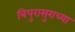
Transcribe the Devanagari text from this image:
त्रिपुरासुराच्या